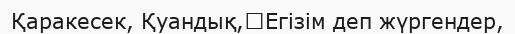
Қаракесек, Қуандық,	Егізім деп жүргендер,